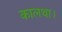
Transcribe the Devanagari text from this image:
कालथा।